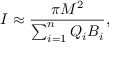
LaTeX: I \approx { \frac { \pi M ^ { 2 } } { \sum _ { i = 1 } ^ { n } { \cal Q } _ { i } { \cal B } _ { i } } } ,